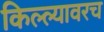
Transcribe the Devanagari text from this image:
किल्ल्यावरच